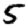
Digit: 5